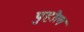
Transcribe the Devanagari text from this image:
पुहोल